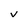
Character: v